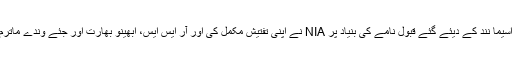
ہریانہ پولس کی جانب سے اس جرم سے متعلق پہلے جمع کئے گئے ثبوت اور بعد میں سوامی اسیما نند کے دیئے گئے قبول نامے کی بنیاد پر NIA نے اپنی تفتیش مکمل کی اور آر ایس ایس، ابھینو بھارت اور جئے وندے ماترم ان تنظیموں کے دہشت گردوں کے خلاف جون 2011ء میں کورٹ میں چارج شیٹ داخل کی ۔